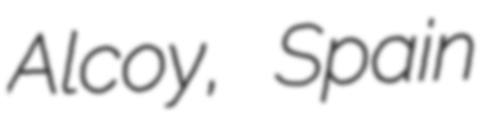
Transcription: Alcoy, Spain